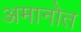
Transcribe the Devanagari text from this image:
अमानोत